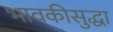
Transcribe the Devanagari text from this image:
भावकीसुद्धा